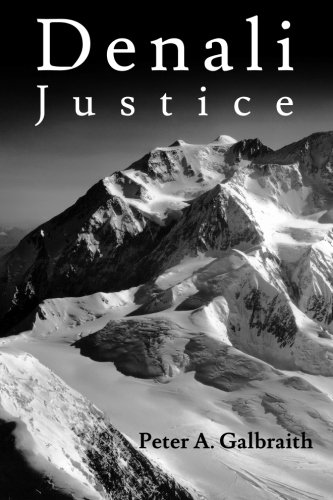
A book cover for Denali Justice; Peter A Galbraith; Law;